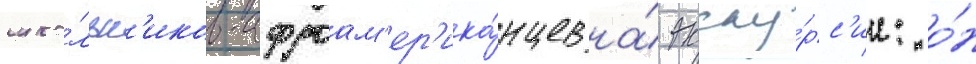
шко́льн'иков-афроам'ер'ика́нцев на́ экску́рс'ии: о́н